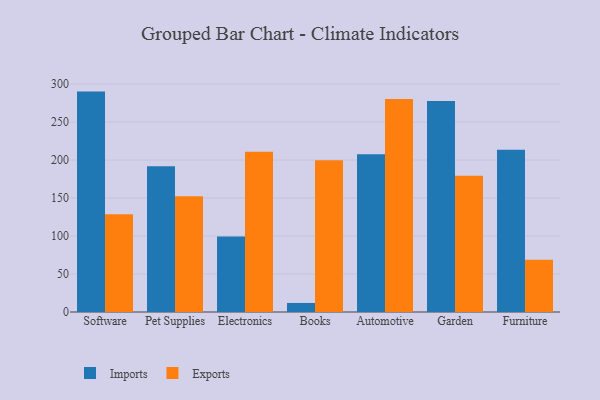
{"axis": {"x": "Category", "y": "Tickets Resolved"}, "legend": ["Exports", "Imports"], "data": [{"x": "Software", "y": 290.1, "type": "Imports"}, {"x": "Software", "y": 128.7, "type": "Exports"}, {"x": "Pet Supplies", "y": 192.0, "type": "Imports"}, {"x": "Pet Supplies", "y": 152.3, "type": "Exports"}, {"x": "Electronics", "y": 99.4, "type": "Imports"}, {"x": "Electronics", "y": 211.0, "type": "Exports"}, {"x": "Books", "y": 11.9, "type": "Imports"}, {"x": "Books", "y": 199.8, "type": "Exports"}, {"x": "Automotive", "y": 207.5, "type": "Imports"}, {"x": "Automotive", "y": 280.3, "type": "Exports"}, {"x": "Garden", "y": 277.6, "type": "Imports"}, {"x": "Garden", "y": 179.5, "type": "Exports"}, {"x": "Furniture", "y": 213.6, "type": "Imports"}, {"x": "Furniture", "y": 68.8, "type": "Exports"}]}